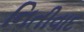
નિતીવાદ